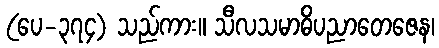
(ပေ-၃၇၄) သည်ကား။ သီလသမာဓိပညာတေဇေန၊